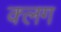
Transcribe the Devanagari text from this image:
क्लग